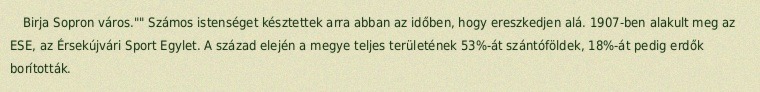
Birja Sopron város."" Számos istenséget késztettek arra abban az időben, hogy ereszkedjen alá. 1907-ben alakult meg az ESE, az Érsekújvári Sport Egylet. A század elején a megye teljes területének 53%-át szántóföldek, 18%-át pedig erdők borították.